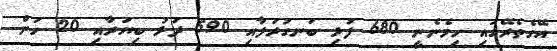
އޭގެތެރޭގައި ހިމެނެނީ 680 ފުޅި ބަނގުރަލާއި 590 ދަޅު ބިޔަރާއި 20 ހަން